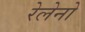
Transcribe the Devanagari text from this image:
रेलेनो